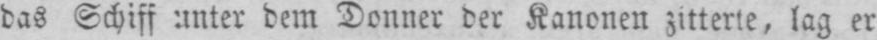
das Schiff unter dem Donner der Kanonen zitterte, lag er